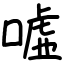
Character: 嘘